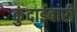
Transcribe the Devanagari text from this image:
कुंदाईबारी